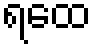
ရထေ